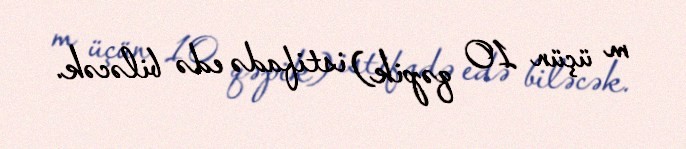
m üçün 10 qəpik) istifadə edə biləcək.